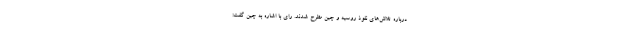
درباره تلاش‌های نفوذ روسیه و چین مطرح شدند. رای با اشاره به چین گفت: